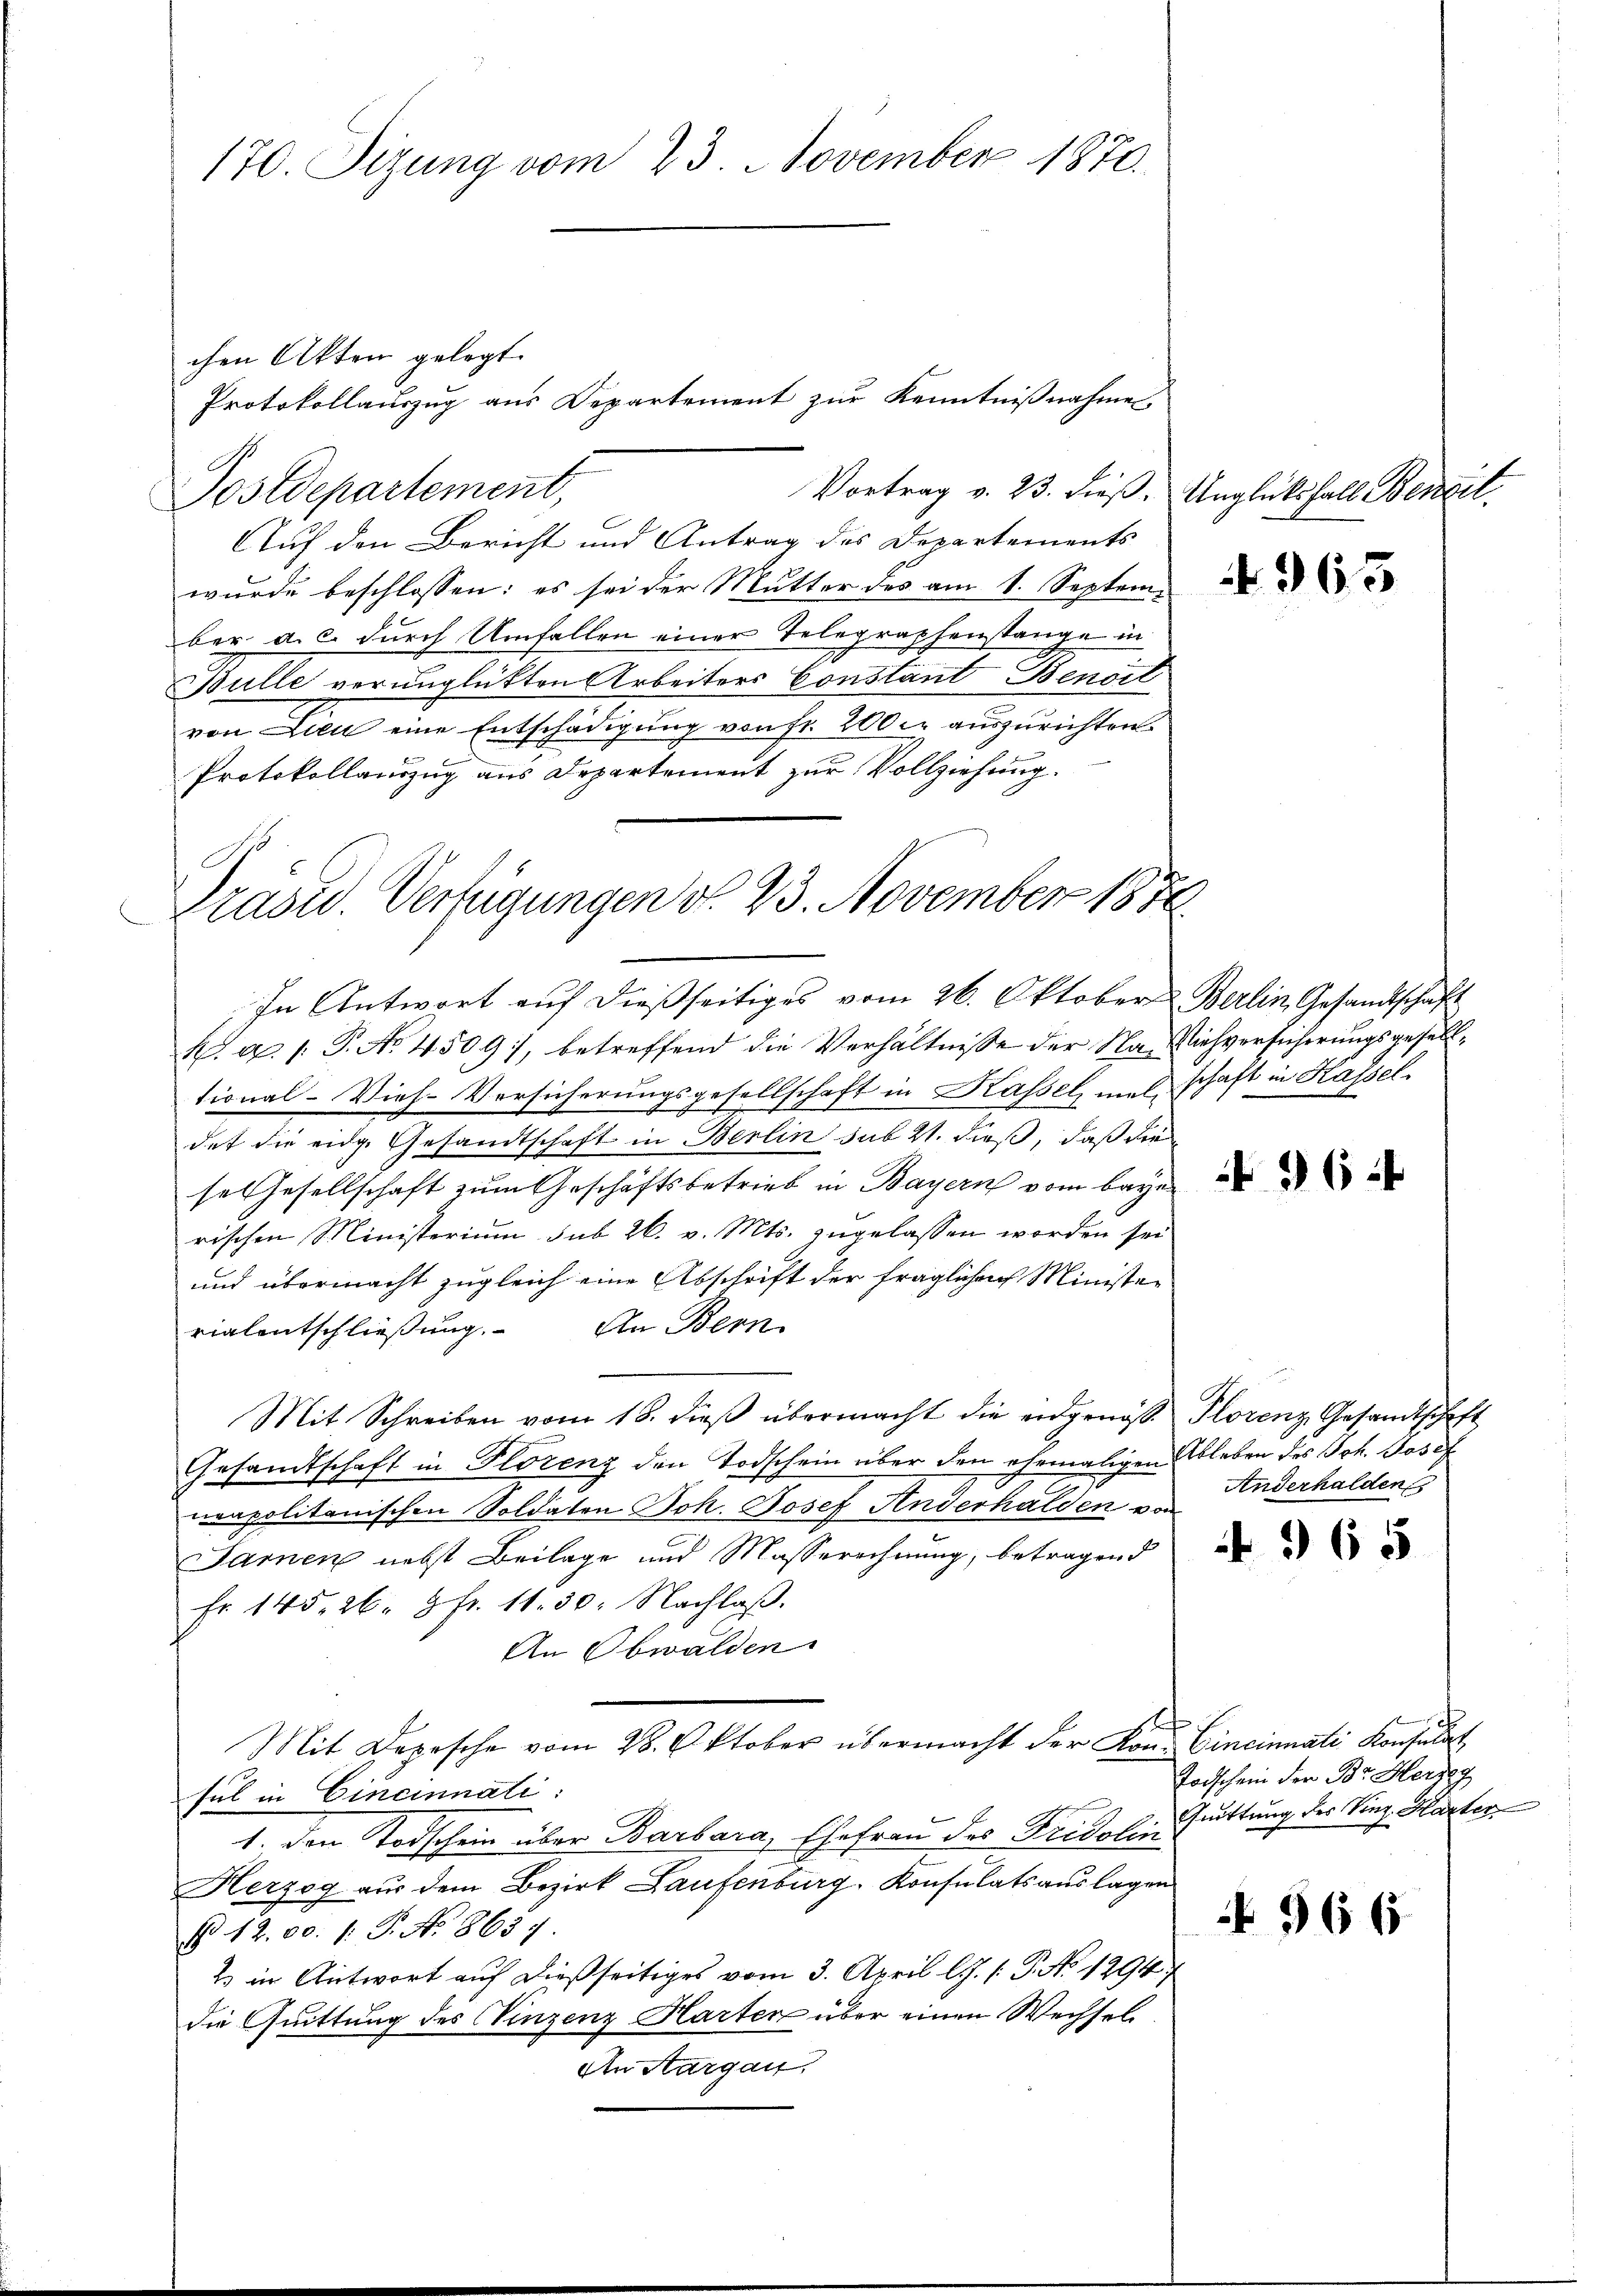
170. Sizung vom 23. November 1870.

chen Akten gelegt.
Auf den Bericht und Antrag des Departements
wurde beschlossen: es sei der Mutter des am 1. September a. c. durch Umfallen einer Telegraphenstange in
Bulle verunglückten Arbeiters Constant Benoit
von Lieu eine Entschädigung von fr. 200. auszurichten.
Protokollauszug aus Departement zur Vollziehung.

Postdepartement,

Protokollauszug aus Departement zur Kenntnißnahme

Vortrag v. 23. dieß. Unglücksfall Bencil

.d. 1. P. No. 4509), betreffend die Verhältnisse der Na- Viehversicherungsgeselltional-Vieh-Versicherungsgesellschaft in Kassel mal schaft in Kasseldet die eidg. Gesandtschaft in Berlin sub 21. dieß, daß die
se Gesellschaft zum Geschäftsbetrieb in Bayern vom baye
rischen Ministerium sub 26. v. Mts. zugelassen worden sei
und übermacht zugleich eine Abschrift der fragliche Minister
rialentschließung. An Bern
Mit Schreiben vom 18. dieß übermacht die eidgenos- Plorenz Gesandtschaft
Gesandtschaft in Florenz den Todschein über den ehemaligen Ableben des Joh. Josef
neapolitanischen Soldaten Joh. Josef Anderhalden von
Sarnen nebst Beilage und Masserechnung, betragend
Fr 145, 26. 5 fr. 11. 30. Nachlaß.
An Obwalden.
¬
Mit Depesche vom 28. Oktober übermacht der Kon. Cincinati Konsulat,
sul in Cincinnati
1. Den Todschein über Barbara, Ehefrau des Fridolier Truttung des Virg.- Karter
Herzog aus dem Bezirk Laufenburg, Konsulatsauslagen
No 12. 00. /: P. No. 8657
2 in Antwort auf dießseitiges vom 3. April l. J. f. P. No 1294/
die Quittung des Vinzenz Harten über einen Wechsel
An Aargau.

Präsid. Verfügungen d. 23. November 1876.
In Antwort auf dießseitiges vom 26. Oktober Berlin, Gesandtschaft

363

Anderhalden

N 365

Todschein der Br. Herreg

N 966